Madras plague regulations and rules - Volume 2
Disease focus: Plague
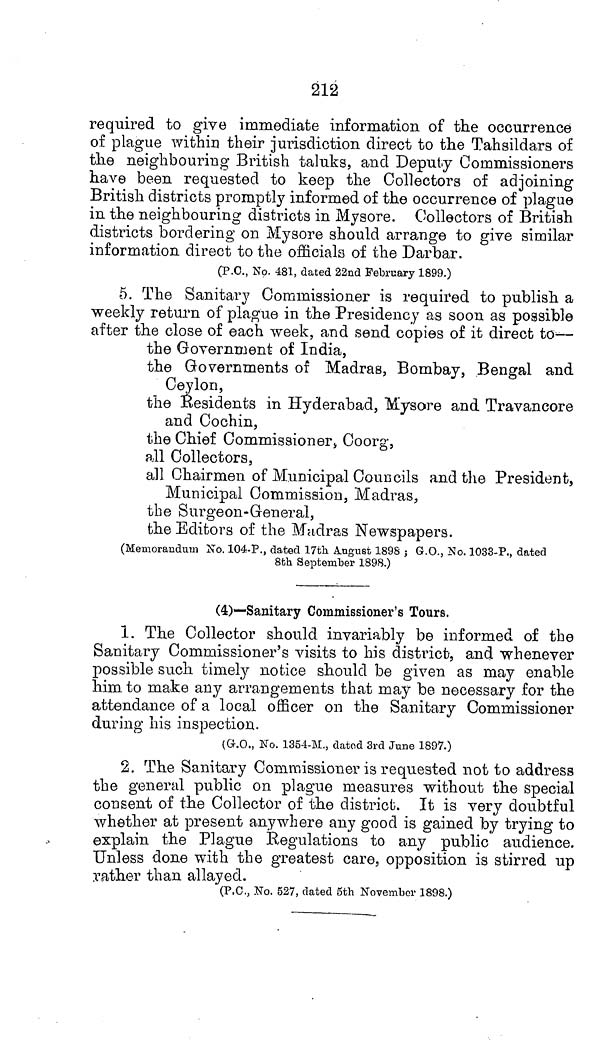
212
required to give immediate information of the occurrence
of plague within their jurisdiction direct to the Tahsildars of
the neighbouring British taluks, and Deputy Commissioners
have been requested to keep the Collectors of adjoining
British districts promptly informed of the occurrence of plague
in the neighbouring districts in Mysore. Collectors of British
districts bordering on Mysore should arrange to give similar
information direct to the officials of the Darbar.
(P.C., No. 481, dated 22nd February 1899.)
5. The Sanitary Commissioner is required to publish a
weekly return of plague in the Presidency as soon as possible
after the close of each week, and send copies of it direct to—
the Government of India,
the Governments of Madras, Bombay, Bengal and
Ceylon,
the Residents in Hyderabad, Mysore and Travancore
and Cochin,
the Chief Commissioner, Coorg,
all Collectors,
all Chairmen of Municipal Councils and the President,
Municipal Commission, Madras,
the Surgeon-General,
the Editors of the Madras Newspapers.
(Memorandum No. 104-P., dated 17th August 1898 ; G.O., No. 1033-P., dated
8th September 1898.)
(4)—Sanitary Commissioner's Tours.
1. The Collector should invariably be informed of the
Sanitary Commissioner's visits to his district, and whenever
possible such timely notice should be given as may enable
him. to make any arrangements that may be necessary for the
attendance of a local officer on the Sanitary Commissioner
during his inspection.
(G.O., No. 1354-M., dated 3rd June 1897.)
2. The Sanitary Commissioner is requested not to address
the general public on plague measures without the special
consent of the Collector of the district. It is very doubtful
whether at present anywhere any good is gained by trying to
explain the Plague Regulations to any public audience.
Unless done with the greatest care, opposition is stirred up
rather than allayed.
(P.C., No. 527, dated 5th November 1898.)